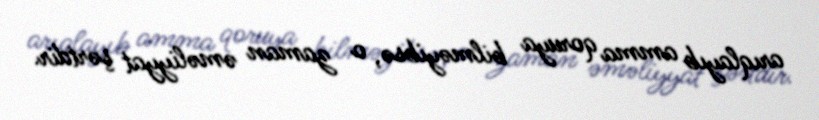
arıqlayıb amma qoruya bilməyibsə, o zaman əməliyyat şərtdir.